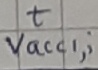
Text: t Vacc1,i